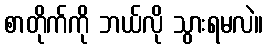
စာတိုက်ကို ဘယ်လို သွားရမလဲ။